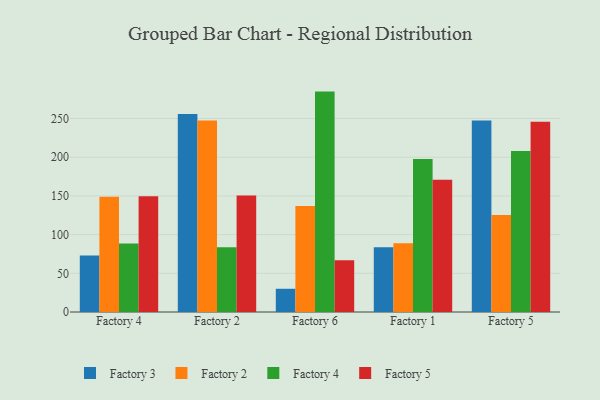
{"axis": {"x": "Factory", "y": "Gross Profit (USD K)"}, "legend": ["Factory 2", "Factory 3", "Factory 4", "Factory 5"], "data": [{"x": "Factory 4", "y": 73.1, "type": "Factory 3"}, {"x": "Factory 4", "y": 148.9, "type": "Factory 2"}, {"x": "Factory 4", "y": 88.5, "type": "Factory 4"}, {"x": "Factory 4", "y": 149.6, "type": "Factory 5"}, {"x": "Factory 2", "y": 255.7, "type": "Factory 3"}, {"x": "Factory 2", "y": 247.5, "type": "Factory 2"}, {"x": "Factory 2", "y": 83.8, "type": "Factory 4"}, {"x": "Factory 2", "y": 150.4, "type": "Factory 5"}, {"x": "Factory 6", "y": 30.0, "type": "Factory 3"}, {"x": "Factory 6", "y": 136.9, "type": "Factory 2"}, {"x": "Factory 6", "y": 284.8, "type": "Factory 4"}, {"x": "Factory 6", "y": 66.9, "type": "Factory 5"}, {"x": "Factory 1", "y": 83.8, "type": "Factory 3"}, {"x": "Factory 1", "y": 88.7, "type": "Factory 2"}, {"x": "Factory 1", "y": 197.6, "type": "Factory 4"}, {"x": "Factory 1", "y": 170.9, "type": "Factory 5"}, {"x": "Factory 5", "y": 247.3, "type": "Factory 3"}, {"x": "Factory 5", "y": 125.3, "type": "Factory 2"}, {"x": "Factory 5", "y": 208.1, "type": "Factory 4"}, {"x": "Factory 5", "y": 245.7, "type": "Factory 5"}]}